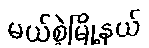
မယ်စဲ့မြို့နယ်